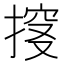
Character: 𰔏